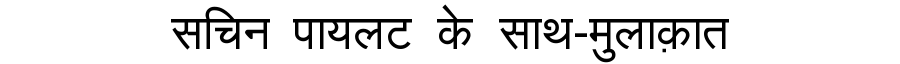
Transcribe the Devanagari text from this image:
सचिन पायलट के साथ-मुलाक़ात